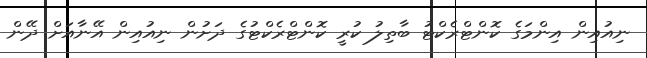
ނިއުއިން އިންމަގެ ކޮންޓްރެކްޓު ބާތިލު ކުރީ ކޮންޓްރެކްޓުގެ ދަށުން ނިއުއިން އޭނާއަށް ދޭން